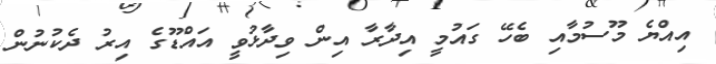
އިއްޔެ މޫސުމާއި ބެހޭ ގައުމީ އިދާރާ އިން ވިދާޅުވީ އައްޑޫގެ އިރު ދެކުނުން